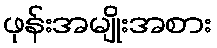
ဖုန်းအမျိုးအစား